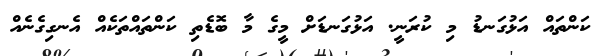
ކަންތައް އަޅުގަނޑު މި ކުރަނީ. އަޅުގަނޑަށް މީގެ މާ ބޮޑެތި ކަންތައްތަކެއް އެނގިގެނެއް